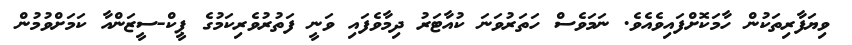
ވިޔަފާރިތަކުން ހާމަކޮށްފައިވެއެވެ. ނަމަވެސް ހަތަރުވަނަ ކުއާޓަރު ދިމާވެފައި ވަނީ ފަތުރުވެރިކަމުގެ ޕީކް-ސީޒަންއާ ކަމަށްވުމުން